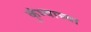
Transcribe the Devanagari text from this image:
कुंभ्याच्या